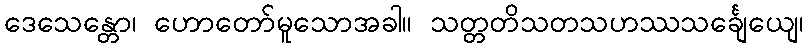
ဒေသေန္တော၊ ဟောတော်မူသောအခါ။ သတ္တတိသတသဟဿသင်္ချေယျေ၊